Note on the mental hospitals in Burma - 1925-1940
Year: 1925
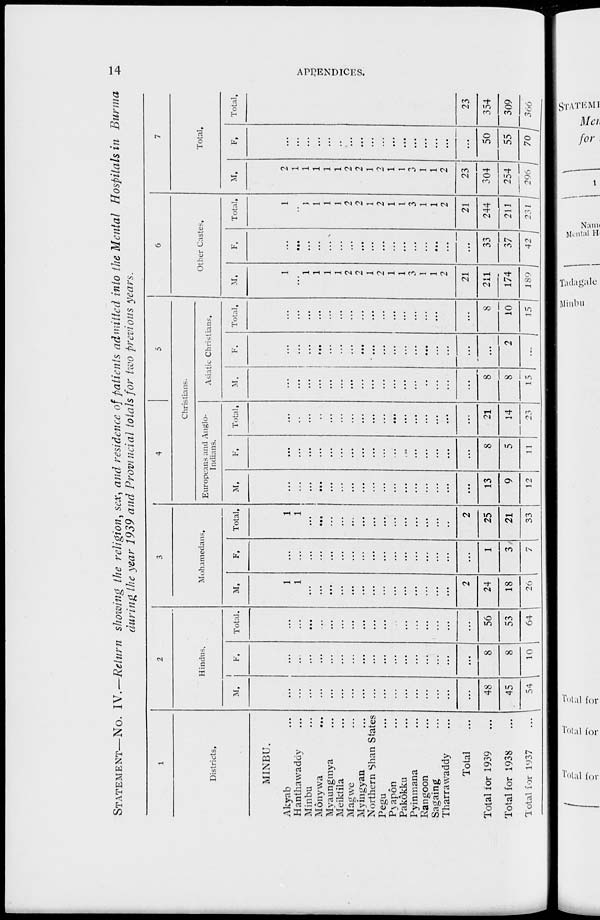
14
APPENDICES.
STATEMENT—No. IV.—Return showing the religion, sex, and residence of patients admitted into the Mental Hospitals in Burma
during the year 1939 and Provincial totals for two previous years.
1
Districts.
MINBU.
Akyab ...
Hanthawaddy ...
Minbu ...
Mônywa ...
Myaungmya ...
Meiktila ...
Magwe ...
Myingyan ...
Northern Shan States
Pegu ...
Pyapôn ...
Pakôkku ...
Pyinmana ...
Rangoon ...
Sagaing ...
Tharrawaddy ...
Total ...
Total for 1939 ...
Total for 1938 ...
Total for 1937 ...
2
Hindus.
M.
...
...
...
...
...
...
...
...
...
...
.. .
...
...
...
...
...
...
48
45
54
F.
...
...
...
...
.. .
...
...
...
...
...
...
...
...
...
...
...
...
8
8
10
Total.
...
...
...
...
...
...
...
...
...
...
...
...
...
...
...
...
...
56
53
64
3
Mohamedans.
M.
1
1
...
...
...
...
...
...
...
...
...
...
...
...
...
...
2
24
18
26
F.
...
...
...
...
...
...
...
...
...
...
...
...
...
...
...
...
...
1
3
7
Total.
1
1
...
...
...
...
...
...
...
...
...
...
...
...
...
..
2
25
21
33
4
5
Christians.
Europeans and Anglo-
Indians.
M.
...
...
...
...
...
...
...
...
...
...
.. .
...
...
...
...
...
...
13
9
12
F.
...
...
...
...
.. .
...
...
...
...
...
...
...
...
...
...
...
...
8
5
11
Total.
...
...
...
...
...
...
...
...
...
...
...
...
...
...
...
...
...
21
14
23
Asiatic Christians,
M.
...
...
...
...
...
.. .
...
...
...
...
...
...
...
...
...
...
...
8
8
15
F.
...
...
...
...
...
...
...
...
...
...
...
...
...
...
...
...
...
...
2
...
Total.
...
...
...
...
...
...
...
...
...
...
...
...
...
...
...
...
...
8
10
15
6
Other Castes.
M.
1
...
1
1
1
1
2
2
1
2
1
1
3
1
1
2
21
211
174
189
F.
...
...
...
...
...
...
...
...
...
...
...
...
...
...
...
...
...
33
37
42
Total.
1
..
1
1
1
1
2
2
1
2
1
1
3
1
1
2
21
244
211
231
7
Total.
M.
2
1
1
1
1
1
2
2
1
2
1
1
3
1
1
2
23
304
254
296
F.
...
...
...
...
...
..
...
...
...
...
...
...
...
...
...
...
...
50
55
70
Total.
2
1
1
1
1
1
2
2
1
2
1
1
3
1
1
2
23
354
309
366